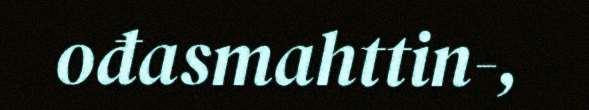
ođasmahttin-,